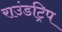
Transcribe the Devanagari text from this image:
राउंडट्रिप